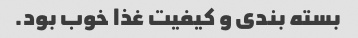
بسته بندی و کیفیت غذا خوب بود.